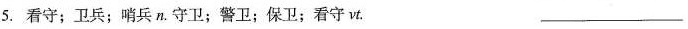
5.看守；卫兵；哨兵 n.守卫；警卫；保卫；看守vt.___